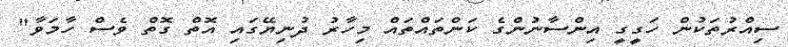
ސިއްރުތަކުން ހަގީގީ އިންސާނުންގެ ކަންތައްތައް މިހާރު ދުނިޔޭގައި އޮތް ގޮތް ވެސް ހާމަވާ"